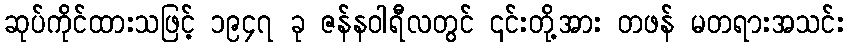
ဆုပ်ကိုင်ထားသဖြင့် ၁၉၄၇ ခု ဇန်နဝါရီလတွင် ၎င်းတို့အား တဖန် မတရားအသင်း